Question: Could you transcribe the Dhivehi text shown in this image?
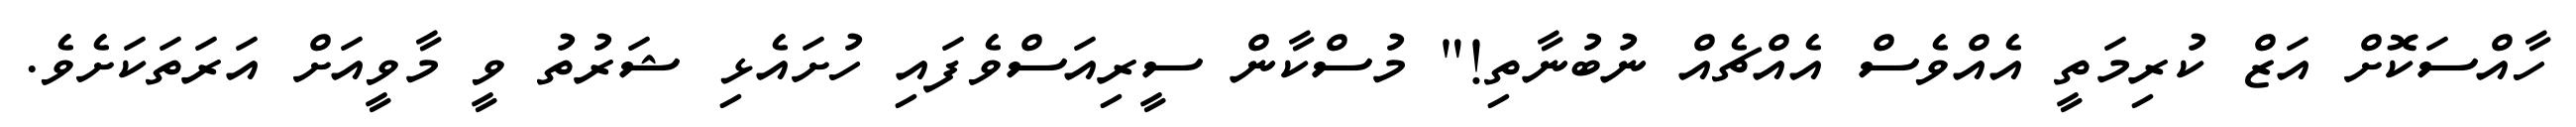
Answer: ހާއްސަކޮށް އަޒް ކުރިމަތީ އެއްވެސް އެއްޗެއް ނުބުނާތި!" މުސްކާން ސީރިއަސްވެފައި ހުށައެޅި ޝަރުތު ވީ މާވީއަށް އަރަތަކަށެވެ.